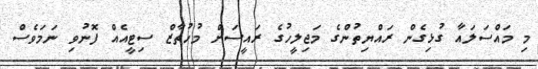
މި މައްސަލައާ ގުޅިގެން ރައްޔިތުންގެ މަޖިލީހުގެ ރައީސަށް މުހުތާޒް ސިޓީއެއް ފޮނުވި ނަމަވެސް